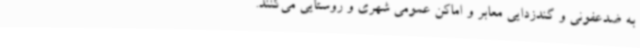
به ضدعفونی و گندزدایی معابر و اماکن عمومی شهری و روستایی می‌کنند.